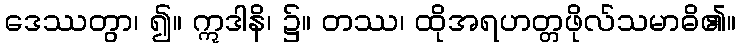
ဒေဿတွာ၊ ၍။ ဣဒါနိ၊ ၌။ တဿ၊ ထိုအရဟတ္တဖိုလ်သမာဓိ၏။